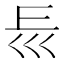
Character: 𡿰